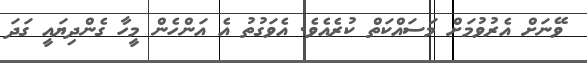
ވޭނަށް އެރުވުމަށް މަސައްކަތް ކުރެއެވެ. އެވަގުތު އެ އަންހެން މީހާ ގެންދިޔައީ ގަދަ